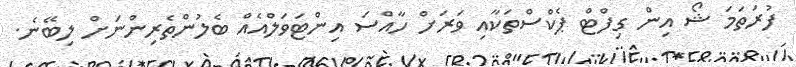
ފުރަތަމަ ޝޯ އިން ގިފްޓް ޕެކްސްތަކާއި ވަރަށް ހާއްސަ އިންޓަވަލްއެއް ބެލުންތެރިންނަށް ލިބޭނެ.